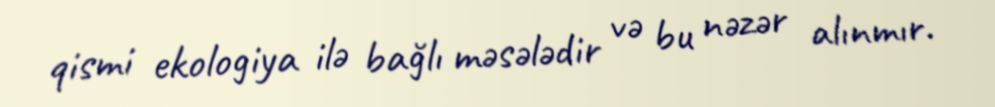
qismi ekologiya ilə bağlı məsələdir və bu nəzər alınmır.